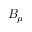
B _ { \mu }